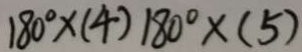
1 8 0 ^ { \circ } \times ( 4 ) 1 8 0 ^ { \circ } \times ( 5 )